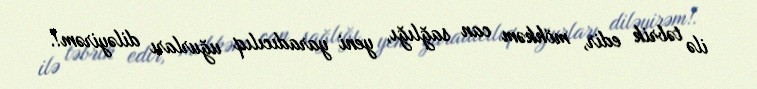
ilə təbrik edir, möhkəm can sağlığı, yeni yaradıcılıq uğurları diləyirəm!.